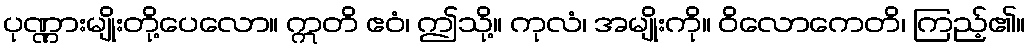
ပုဏ္ဏားမျိုးတို့ပေလော။ ဣတိ ဧဝံ၊ ဤသို့။ ကုလံ၊ အမျိုးကို။ ဝိလောကေတိ၊ ကြည့်၏။